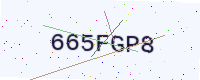
Text: 665FGP8